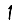
Digit: 1